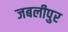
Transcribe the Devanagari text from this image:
जबलीपुर